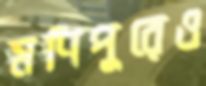
মণিপুরেও